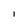
Character: I